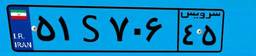
۳۳S۹۲۲۳۰